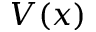
V ( x )